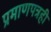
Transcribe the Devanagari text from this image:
प्रमाणपत्रही